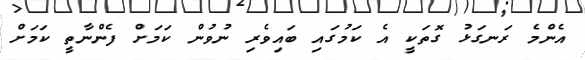
އެންމެ ރަނގަޅު ގޮތަކީ އެ ކަމުގައި ބައިވެރި ނުވުން ކަމަށް ފެންނާތީ ކަމަށް